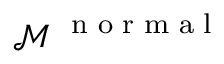
\mathcal M ^ { \mathrm { ~ \scriptsize ~ n ~ o ~ r ~ m ~ a ~ l ~ } }